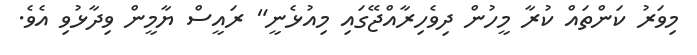
މިވަރު ކަންތައް ކުރާ މީހުން ދިވެހިރާއްޖޭގައި މިއުޅެނީ" ރައީސް ޔާމީން ވިދާޅުވި އެވެ.